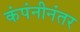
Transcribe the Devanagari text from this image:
कंपंनीनंतर